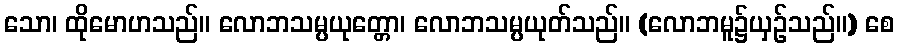
သော၊ ထိုမောဟသည်။ လောဘသမ္ပယုတ္တော၊ လောဘသမ္ပယုတ်သည်။ (လောဘမူ၌ယှဉ်သည်။) စေ